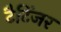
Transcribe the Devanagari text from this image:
टैटिंजर